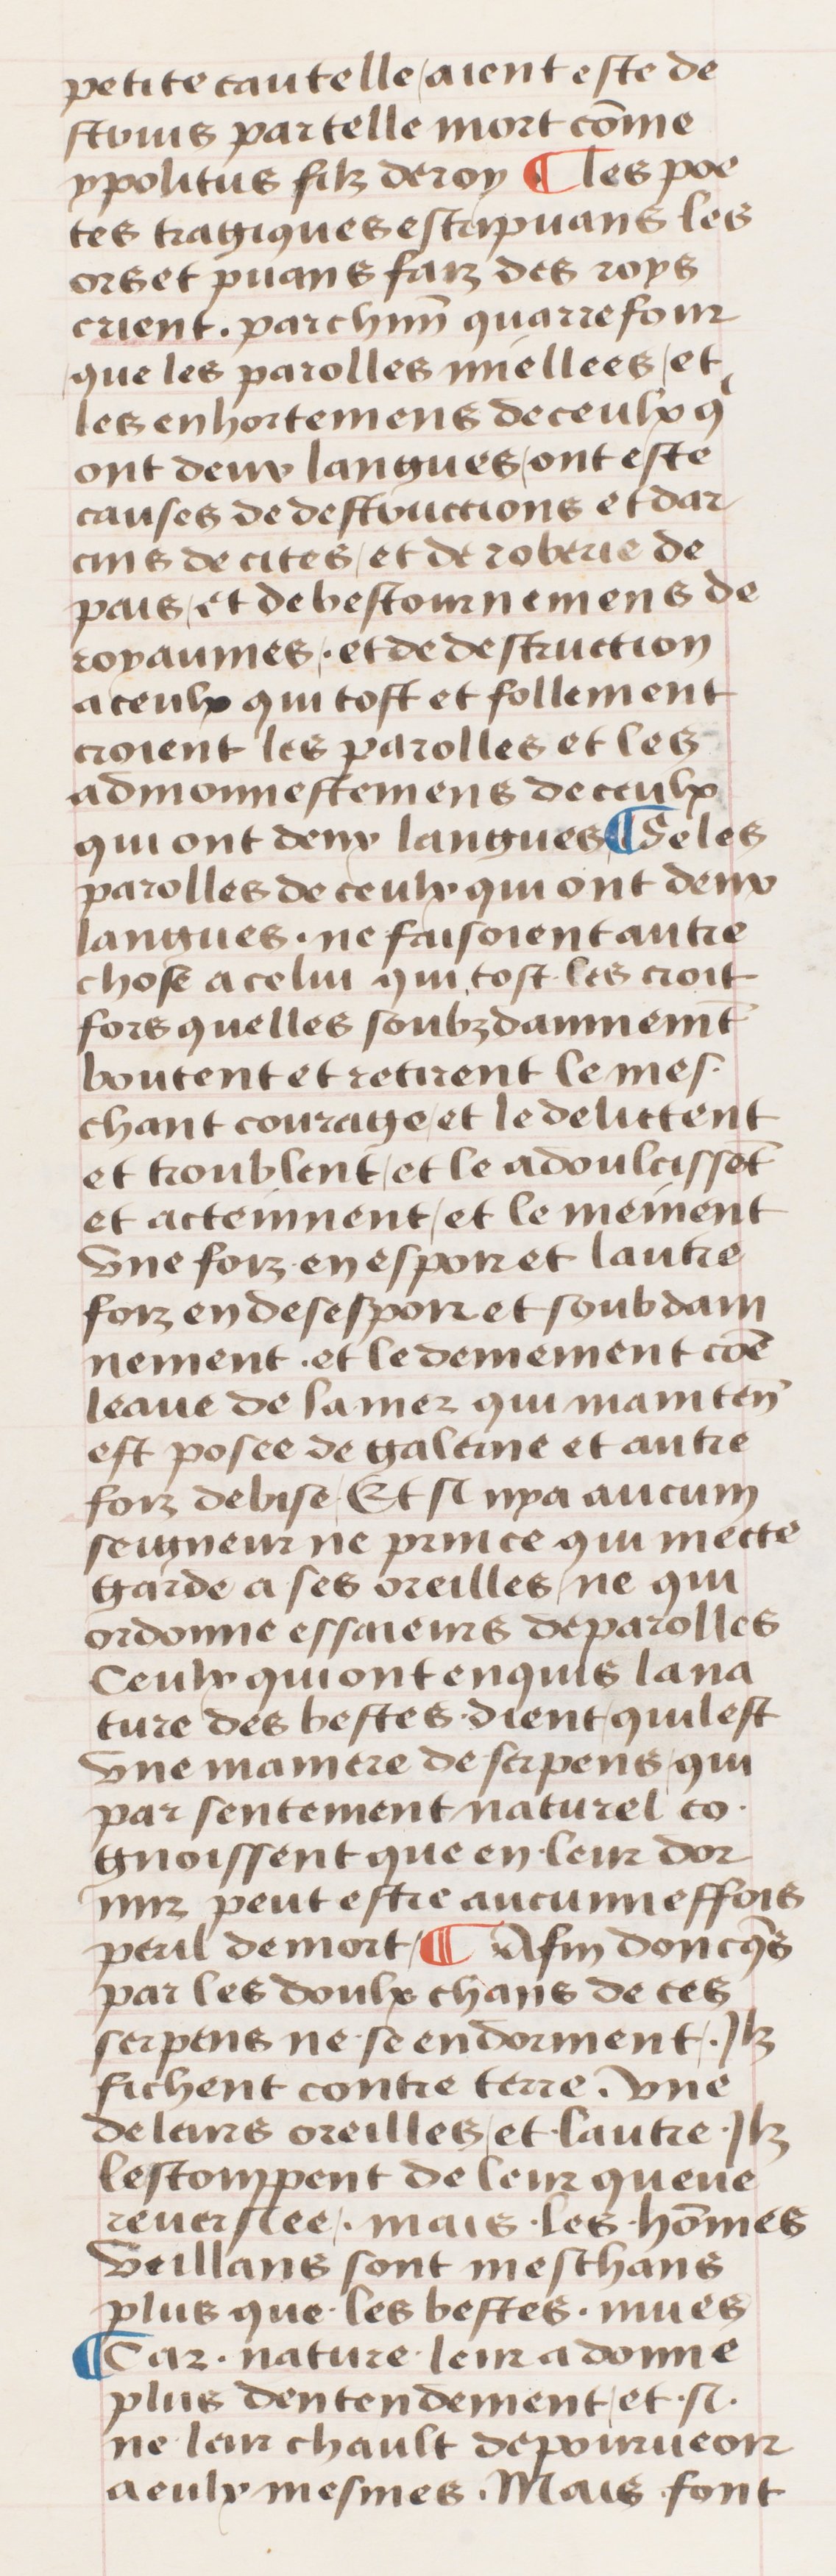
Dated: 1400–1499